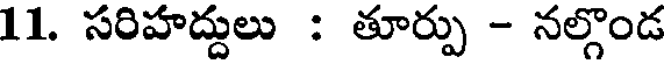
11. సరిహద్దులు : తూర్పు - నల్గొండ